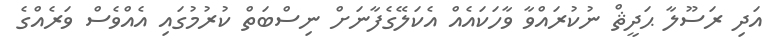
އަދި ރަސޫލާ ޙަދީޘް ނުކުރައްވާ ވާހަކައެއް އެކަލޭގެފާނަށް ނިސްބަތް ކުރުމުގައި އެއްވެސް ވަރެއްގެ